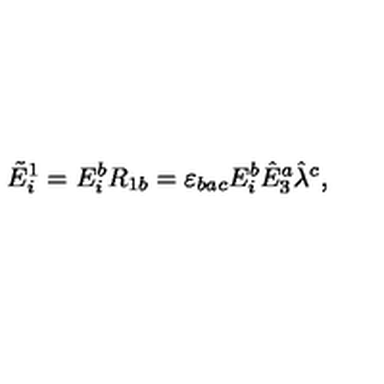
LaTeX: \tilde { E } _ { i } ^ { 1 } = E _ { i } ^ { b } R _ { 1 b } = \varepsilon _ { b a c } E _ { i } ^ { b } \hat { E } _ { 3 } ^ { a } \hat { \lambda } ^ { c } ,